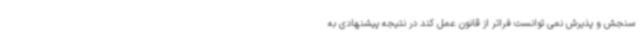
سنجش و پذیرش نمی توانست فراتر از قانون عمل کند در نتیجه پیشنهادی به